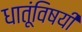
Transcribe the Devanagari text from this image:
धातूंविषयीं